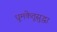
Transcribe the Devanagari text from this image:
धूमकेतूसुद्धा